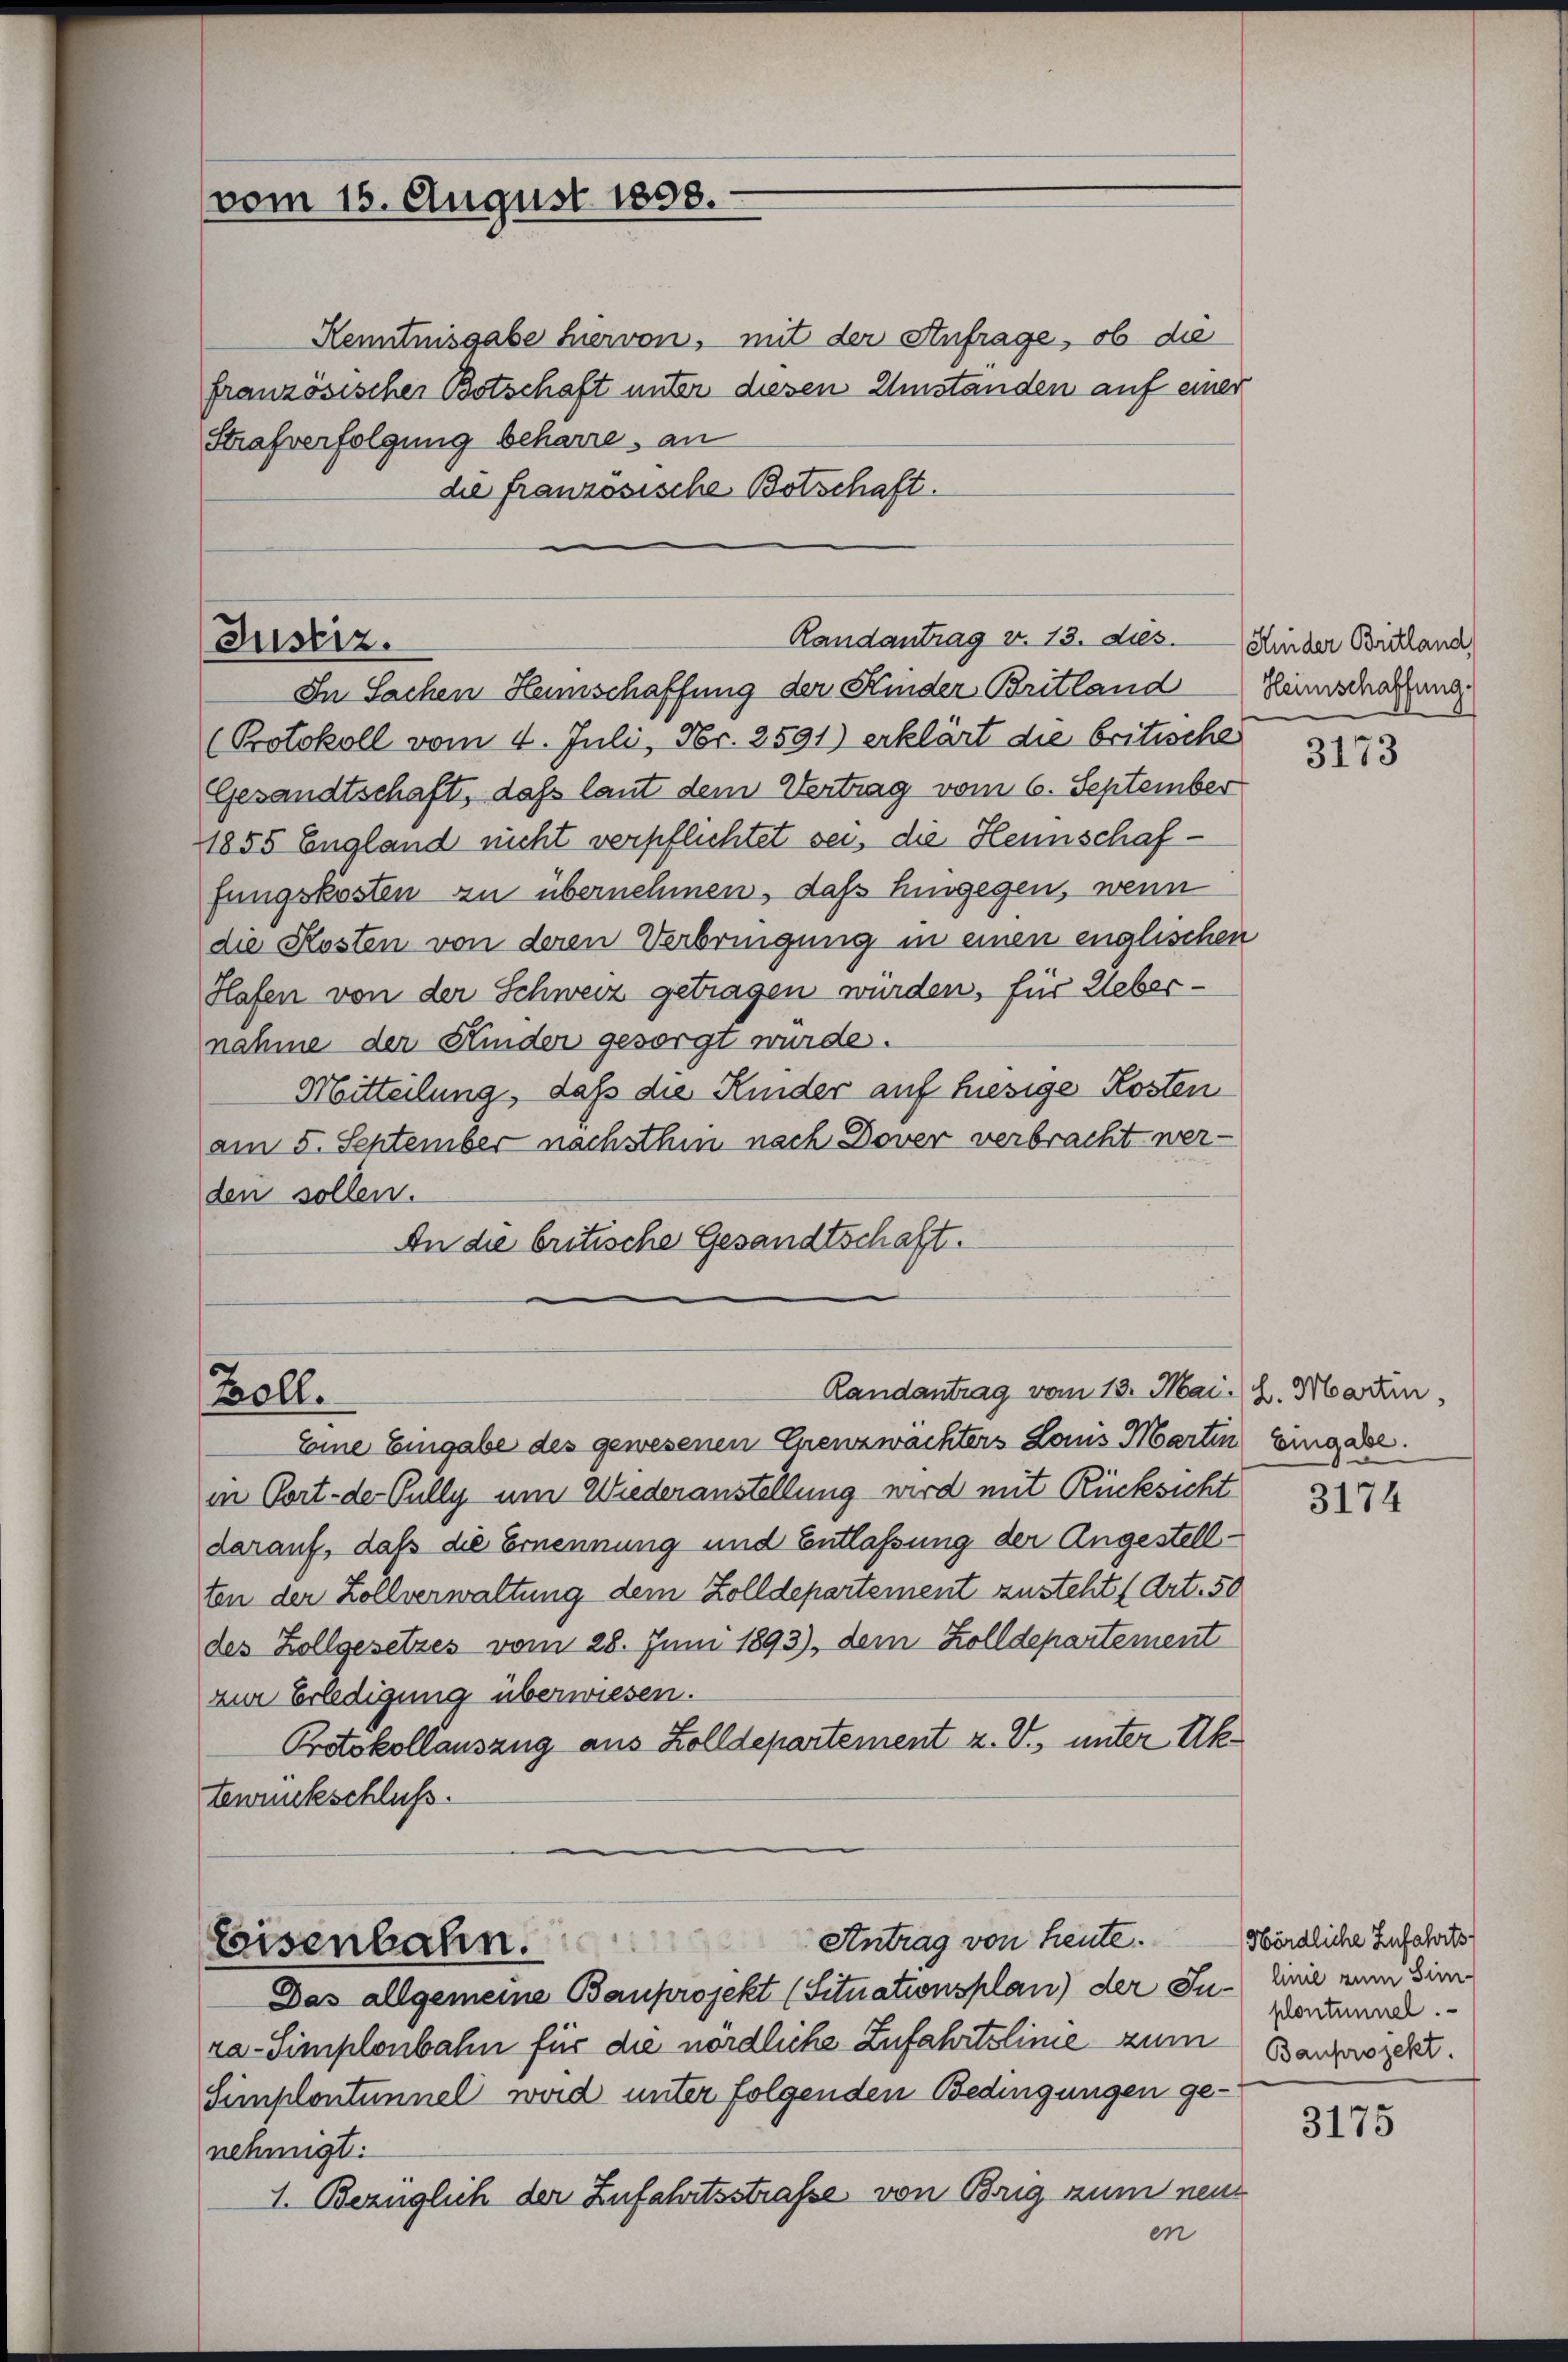
vom 15. August 1858.

Kenntnisgabe hiervon, mit der Anfrage, ob die
französischer Botschaft unter diesen Umständen auf einer
Strafverfolgung beharre, an
die französische Botschaft.

Randantrag v. 13. dies. Hinder Biland,
Justiz.
In Sachen Heimschaffung der Kinder Britland Heimschaffung

Zoll.

(Protokoll vom 4. Juli, Nr. 2591) erklärt die britische
Gesandtschaft, daß laut dem Vertrag vom 6. September
1855 England nicht verpflichtet sei, die Hennschaffungskosten an übernehmen, daß hingegen, wenn
die Kosten von deren Verbringung in einen englischen
Hafen von der Schweiz getragen würden, für Uebernahme der Kinder gesorgt wurde.
Mitteilung, daß die Kinder auf hiesige Kosten
am 5. September nachsthin nach Dover verbracht werden sollen.
An die britische Gesandtschaft.

Randantrag vom 13. Mai l. Martin,

Eisenbahn. Antrag von Heute. Hördliche Zufahrts

Eine Eingabe des gewesenen Enenzwachters Louis Marten Eingabe.
in Port- der Pully um Wiederanstellung wird mit Rücksicht
darauf, daß die Ernennung und Entlaßung der Angestellten der Zollverwaltung dem Zolldepartement zusteht (Art. 50
des Zollgesetzes vom 28. Juni 1893), dem Zolldepartement
zur Erledigung überwiesen.
Protokollauszug aus Zolldepartement z. V., unter Uktewrukschluß.

Das allgemeine Bauprojekt (Situationsplan) der Ju- Linie eine Dim
ra-Simplonbahn für die nördliche Zufahrtslinie zum Bauproze¬
Simplontunnel wird unter folgenden Bedingungen ge-
nehmigt.
1. Bezüglich der Zufahrtsstrafe von Brig zum neue
en

3173

3174

plontinuel.

3175